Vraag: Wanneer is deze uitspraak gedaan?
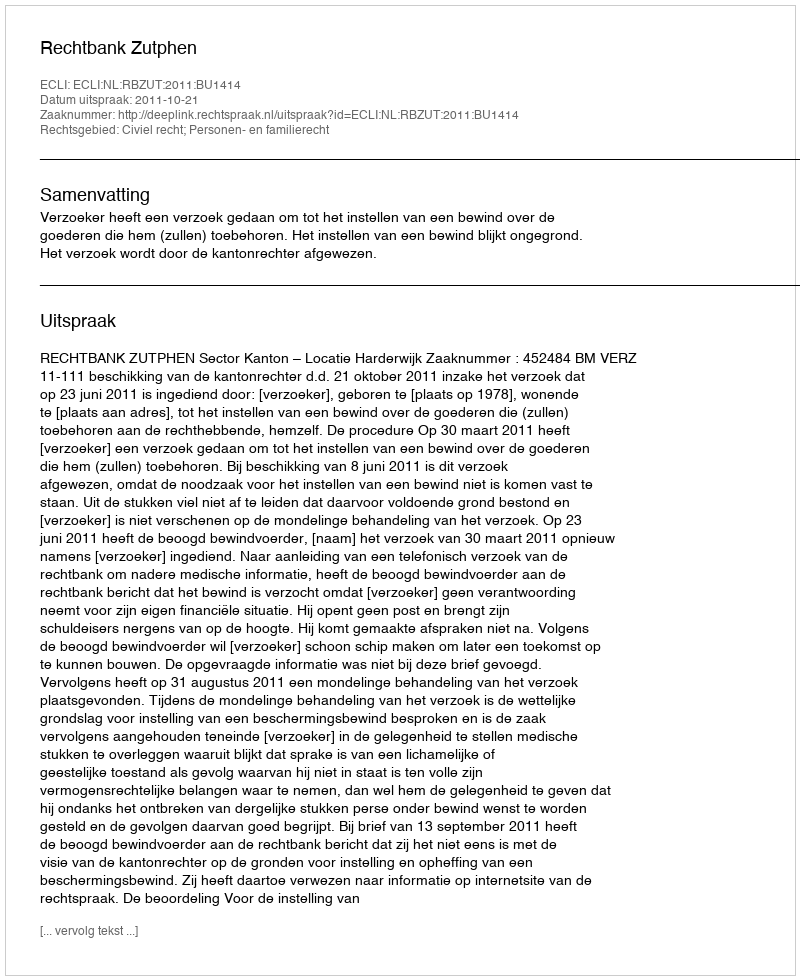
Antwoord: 2011-10-21